Leaving Certificate Examination, 1915
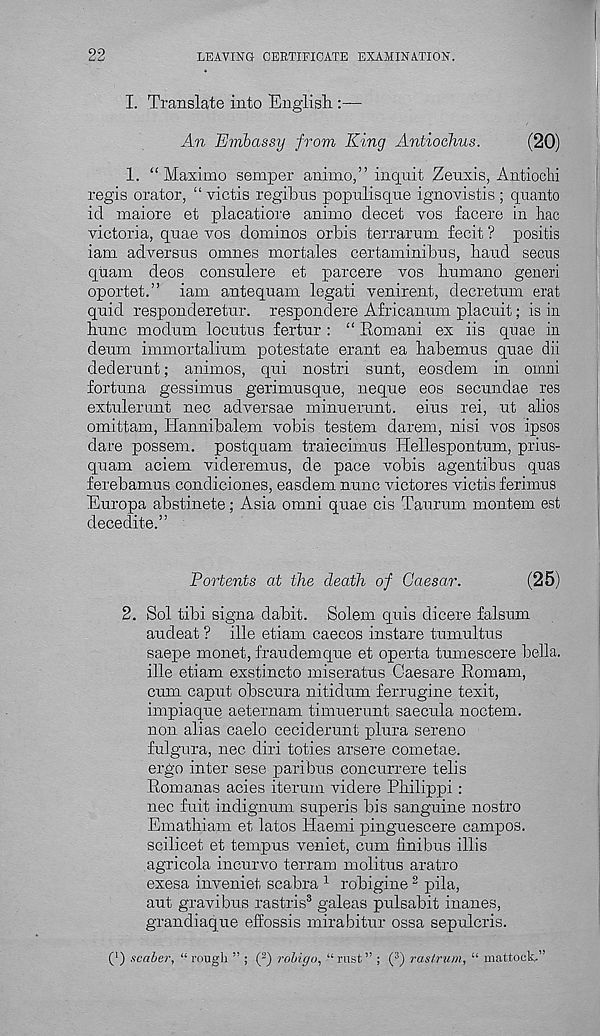
LEAVING CERTIFICATE EXAMINATION.
I. Translate into English :—
An Embassy from King Antiochus.
(20)
1. “Maximo semper animo,” inquit Zeuxis, Antiochi
regis orator, “ victis regibus populisque ignovistis ; quanto
id maiore et placatiore animo decet vos facere in hac
victoria, quae vos dominos orbis terrarum fecit ? positis
iam adversus omnes mortales certaminibus, hand secns
quam deos consulere et parcere vos humano generi
oportet.” iam antequam legati venirent, decretum erat
quid responderetur. respondere Africanum placuit; is in
hunc modum locutus fertur : “ Romani ex iis quae in
deum immortalium potestate erant ea habemus quae dii
dederunt; animos, qui nostri sunt, eosdem in omni
fortuna gessimus gerimusque, neque eos secundae res
extulerunt nec adversae minuerunt. eius rei, ut alios
omittam, Hannibalem vobis testem darem, nisi vos ipsos
dare possem. postquam traiecimus Hellespontum, prius-
quam aciem videremus, de pace vobis agentibus quas
ferebamus condiciones, easdem nunc victores victis ferhnus
Europa abstinete; Asia omni quae cis Taurum montem est
decedite.”
Portents at the death of Caesar.
(25)
2. Sol tibi signa dabit. Solem quis dicere falsum
audeat ? ille etiam caecos instare tumultus
saepe monet, fraudemque et operta tumescere bella.
ille etiam exstincto miseratus Caesare Romani,
cum caput obscura nitidum ferrugine texit,
impiaque aeternam timuerunt saecula noctem.
non alias caelo ceciderunt plura sereno
fulgura, nec diri toties arsere cometae.
ergo inter sese paribus concurrere telis
Rom anas acies iterum videre Philippi :
nec fuit indignum superis bis sanguine nostro
Emathiam et latos Haemi pinguescere campos.
scilicet et tempus veniet, cum finibus illis
agricola incurvo terrain molitus aratro
exesa inveniet scabra 1 robigine 2 pila,
aut gravibus rastris* galeas pulsabit inanes,
grandiaque effossis mirabitur ossa sepulcris.
(*) scaber, “ rough ” ; ( 2 ) robigo, “ rust ” ; ( 3 ) ras/rum, “ mattock.